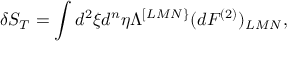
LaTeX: \delta S _ { T } = \int d ^ { 2 } \xi d ^ { n } \eta \Lambda ^ { [ L M N \} } ( d { \cal F } ^ { ( 2 ) } ) _ { L M N } ,